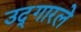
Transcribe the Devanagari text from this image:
उद्‍गारले